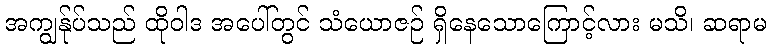
အကျွန်ုပ်သည် ထိုဝါဒ အပေါ်တွင် သံယောဇဉ် ရှိနေသောကြောင့်လား မသိ၊ ဆရာမ